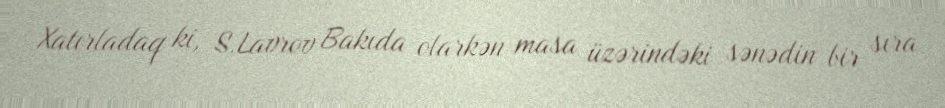
Xatırladaq ki, S.Lavrov Bakıda olarkən masa üzərindəki sənədin bir sıra